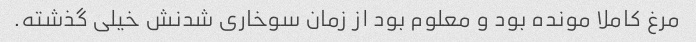
مرغ کاملا مونده بود و معلوم بود از زمان سوخاری شدنش خیلی گذشته.